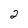
Character: 2